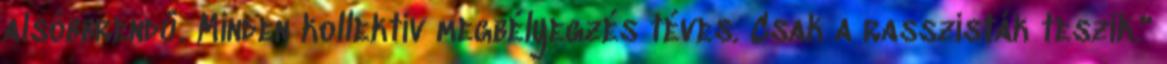
alsóbbrendű. Minden kollektív megbélyegzés téves. Csak a rasszisták teszik."